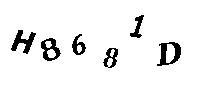
H8781D